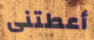
أعطتنى